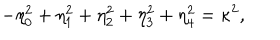
- \eta _ { 0 } ^ { 2 } + \eta _ { 1 } ^ { 2 } + \eta _ { 2 } ^ { 2 } + \eta _ { 3 } ^ { 2 } + \eta _ { 4 } ^ { 2 } = \kappa ^ { 2 } ,